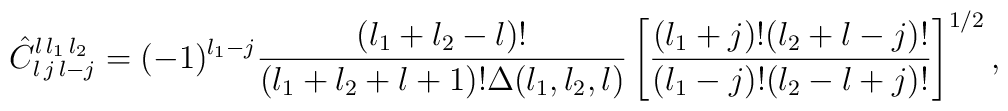
\hat{C}^{l\,l_1\,l_2}_{l\,j\,l-j} = (-1)^{l_1-j}{(l_1+l_2-l)!\over(l_1+l_2+l+1)! \Delta(l_1,l_2,l)}\left[{(l_1+j)!(l_2+l-j)!\over (l_1-j)!(l_2-l+j)!}\right]^{1/2},